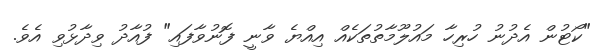
"ކޯޓުން އެދުނު ހުރިހާ މައުލޫމާތުތަކެއް އިއްޔެ ވާނީ ފޮނުވާފައި" ފުއާދު ވިދާޅުވި އެވެ.